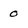
Character: 0